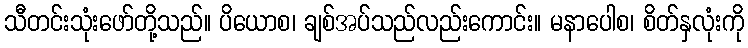
သီတင်းသုံးဖော်တို့သည်။ ပိယောစ၊ ချစ်အပ်သည်လည်းကောင်း။ မနာပေါစ၊ စိတ်နှလုံးကို